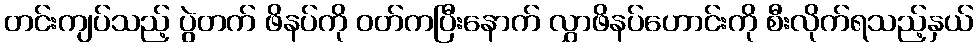
တင်းကျပ်သည့် ပွဲတက် ဖိနပ်ကို ဝတ်ကပြီးနောက် လွှာဖိနပ်ဟောင်းကို စီးလိုက်ရသည့်နှယ်